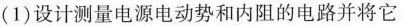
(1)设计测量电源电动势和内阻的电路并将它